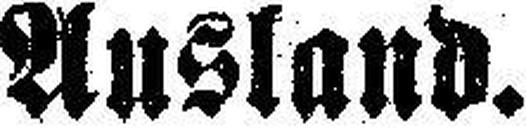
Ausland.